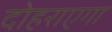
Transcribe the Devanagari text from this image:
दोहराएगा